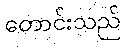
တောင်းသည်